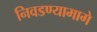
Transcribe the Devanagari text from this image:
निवडण्यामागे